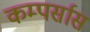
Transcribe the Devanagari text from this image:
कम्पर्सास